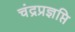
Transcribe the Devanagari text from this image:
चंद्रप्रज्ञप्ति